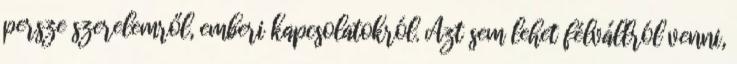
persze szerelemről, emberi kapcsolatokról. Azt sem lehet félvállról venni,